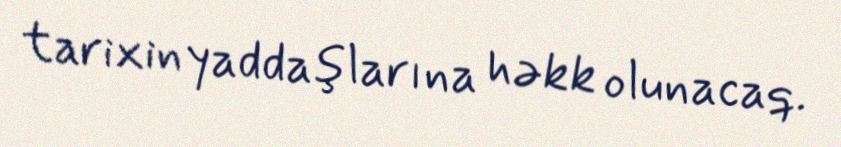
tarixin yaddaşlarına həkk olunacaq.